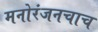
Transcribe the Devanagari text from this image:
मनोरंजनचाच